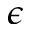
\epsilon